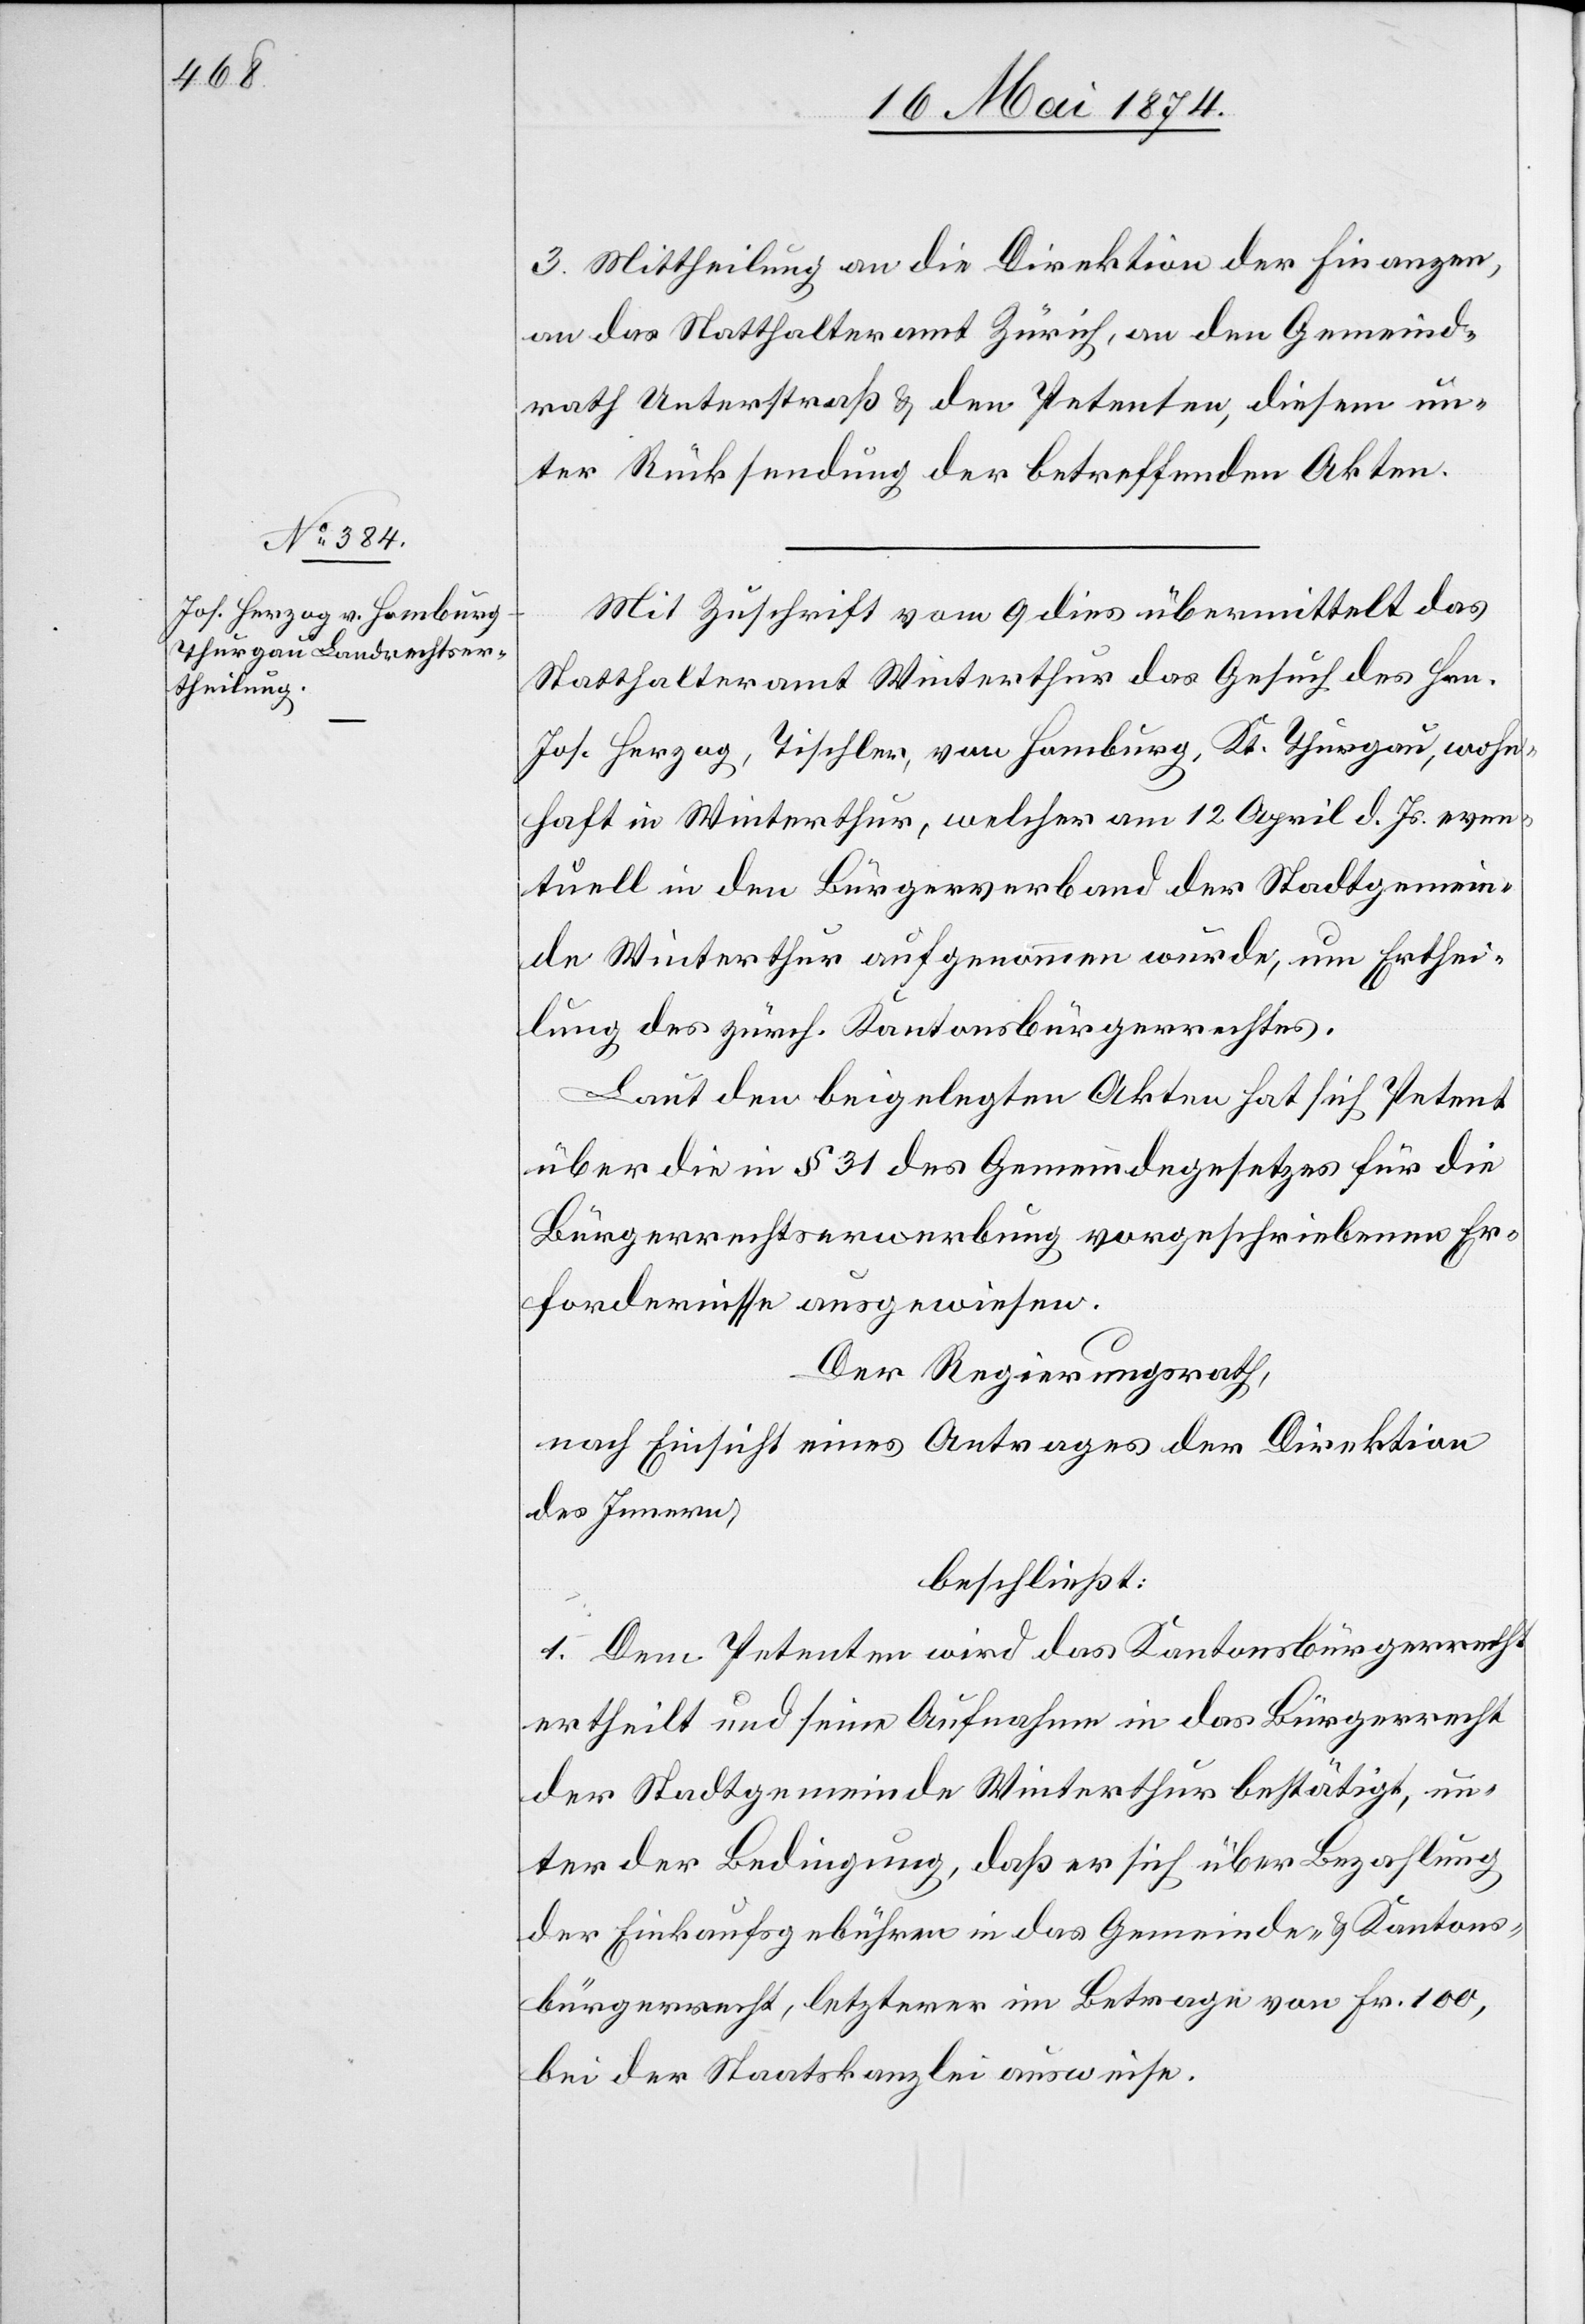
3. Mittheilung an die Direktion der Finanzen,
an das Statthalteramt Zürich, an den Gemeind¬
rath Unterstraß u. den Petenten, diesem un¬
ter Rücksendung der betreffenden Akten.
Mit Zuschrift vom 9. dies übermittelt das
Statthalteramt Winterthur das Gesuch des Hrn.
Jos. Herzog, Tischler, von Homburg, Kt. Thurgau, wohn¬
haft in Winterthur, welcher am 12. April d. Js. even¬
tuell in den Bürgerverband der Stadtgemein¬
de Winterthur aufgenommen wurde, um Erthei¬
lung des zürch. Kantonsbürgerrechtes.
Laut den beigelegten Akten hat sich Petent
über die in § 31 des Gemeindegesetzes für die
Bürgerrechtserwerbung vorgeschriebenen Er¬
fordernisse ausgewiesen.
Der Regierungsrath,
nach Einsicht eines Antrages der Direktion
des Innern,
beschließt:
1. Dem Petenten wird das Kantonsbürgerrecht
ertheilt und seine Aufnahme in das Bürgerrecht
der Stadtgemeinde Winterthur bestätigt, un¬
ter der Bedingung, daß er sich über Bezahlung
der Einkaufsgebühren in das Gemeinde- u. Kantons¬
bürgerrecht, letzterer im Betrage von Fr. 100,
bei der Staatskanzlei ausweise.